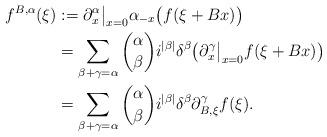
LaTeX: \begin{align*} f^{B,\alpha}(\xi) &:= \partial_x^\alpha\big|_{x=0} \alpha_{-x} \big( f(\xi+Bx) \big) \\&= \sum_{\beta+\gamma = \alpha} \binom \alpha \beta i^{|\beta|}\delta^\beta \big (\partial_x^\gamma\big|_{x=0} f(\xi+Bx) \big) \\&= \sum_{\beta+\gamma = \alpha} \binom \alpha \beta i^{|\beta|}\delta^\beta \partial_{B,\xi}^\gamma f(\xi) . \end{align*}